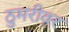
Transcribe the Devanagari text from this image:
ठुमरीवर